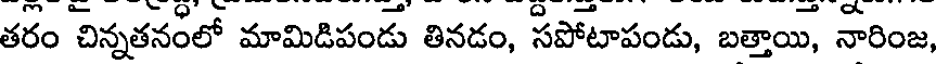
తరం చిన్నతనంలో మామిడిపండు తినడం, సపోటాపండు, బత్తాయి, నారింజ,